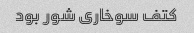
کتف سوخاری شور بود